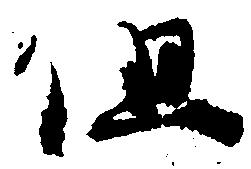
但